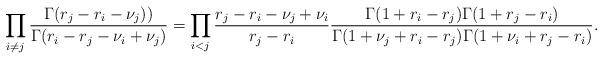
LaTeX: \begin{align*} \prod_{i\neq j}\frac{\Gamma(r_{j}-r_{i}-\nu_j))} {\Gamma(r_{i}-r_j-\nu_{i}+\nu_j)} =\prod_{i<j}\frac{r_j-r_i-\nu_j+\nu_i}{r_j-r_i} \frac{\Gamma(1+r_i-r_j)\Gamma(1+r_j-r_i)}{\Gamma(1+\nu_j+r_i-r_j)\Gamma(1+\nu_i+r_j-r_i)}. \end{align*}